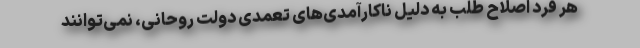
هر فرد اصلاح طلب به دلیل ناکارآمدی‌های تعمدی دولت روحانی، نمی‌توانند